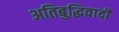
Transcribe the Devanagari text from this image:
अतिबुद्धिवादी